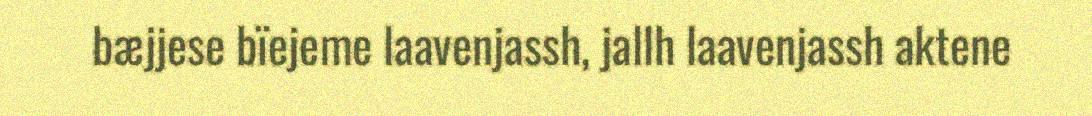
bæjjese bïejeme laavenjassh, jallh laavenjassh aktene